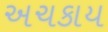
અચકાય